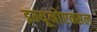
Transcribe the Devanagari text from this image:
इम्यूनोएक्सल